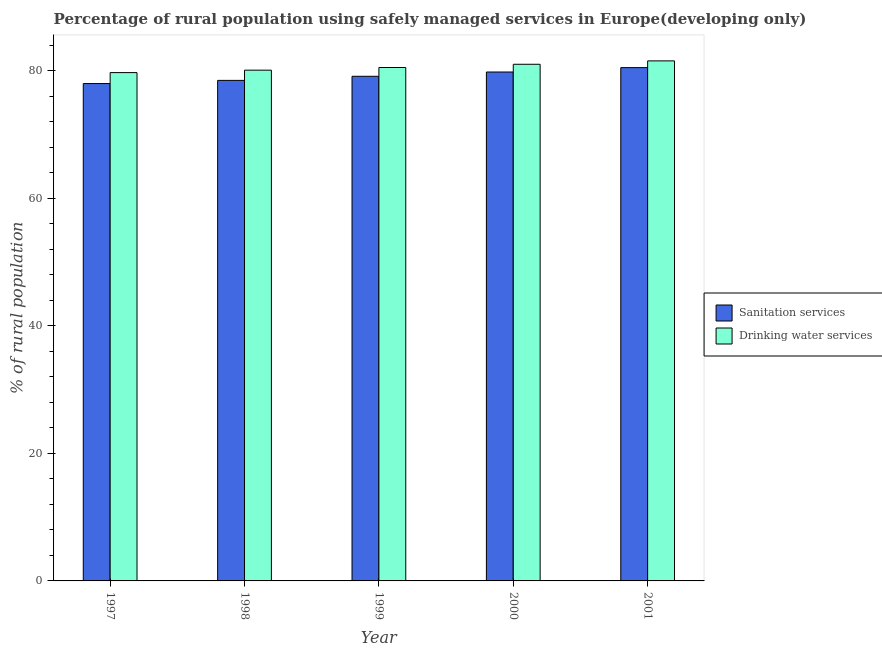
| Year | Sanitation services | Drinking water services |
 | --- | --- | --- |
 | 1997 | 78 | 79.7 |
 | 1998 | 78.5 | 80.1 |
 | 1999 | 79.1 | 80.5 |
 | 2000 | 79.8 | 81 |
 | 2001 | 80.5 | 81.5 |